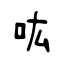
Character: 吰